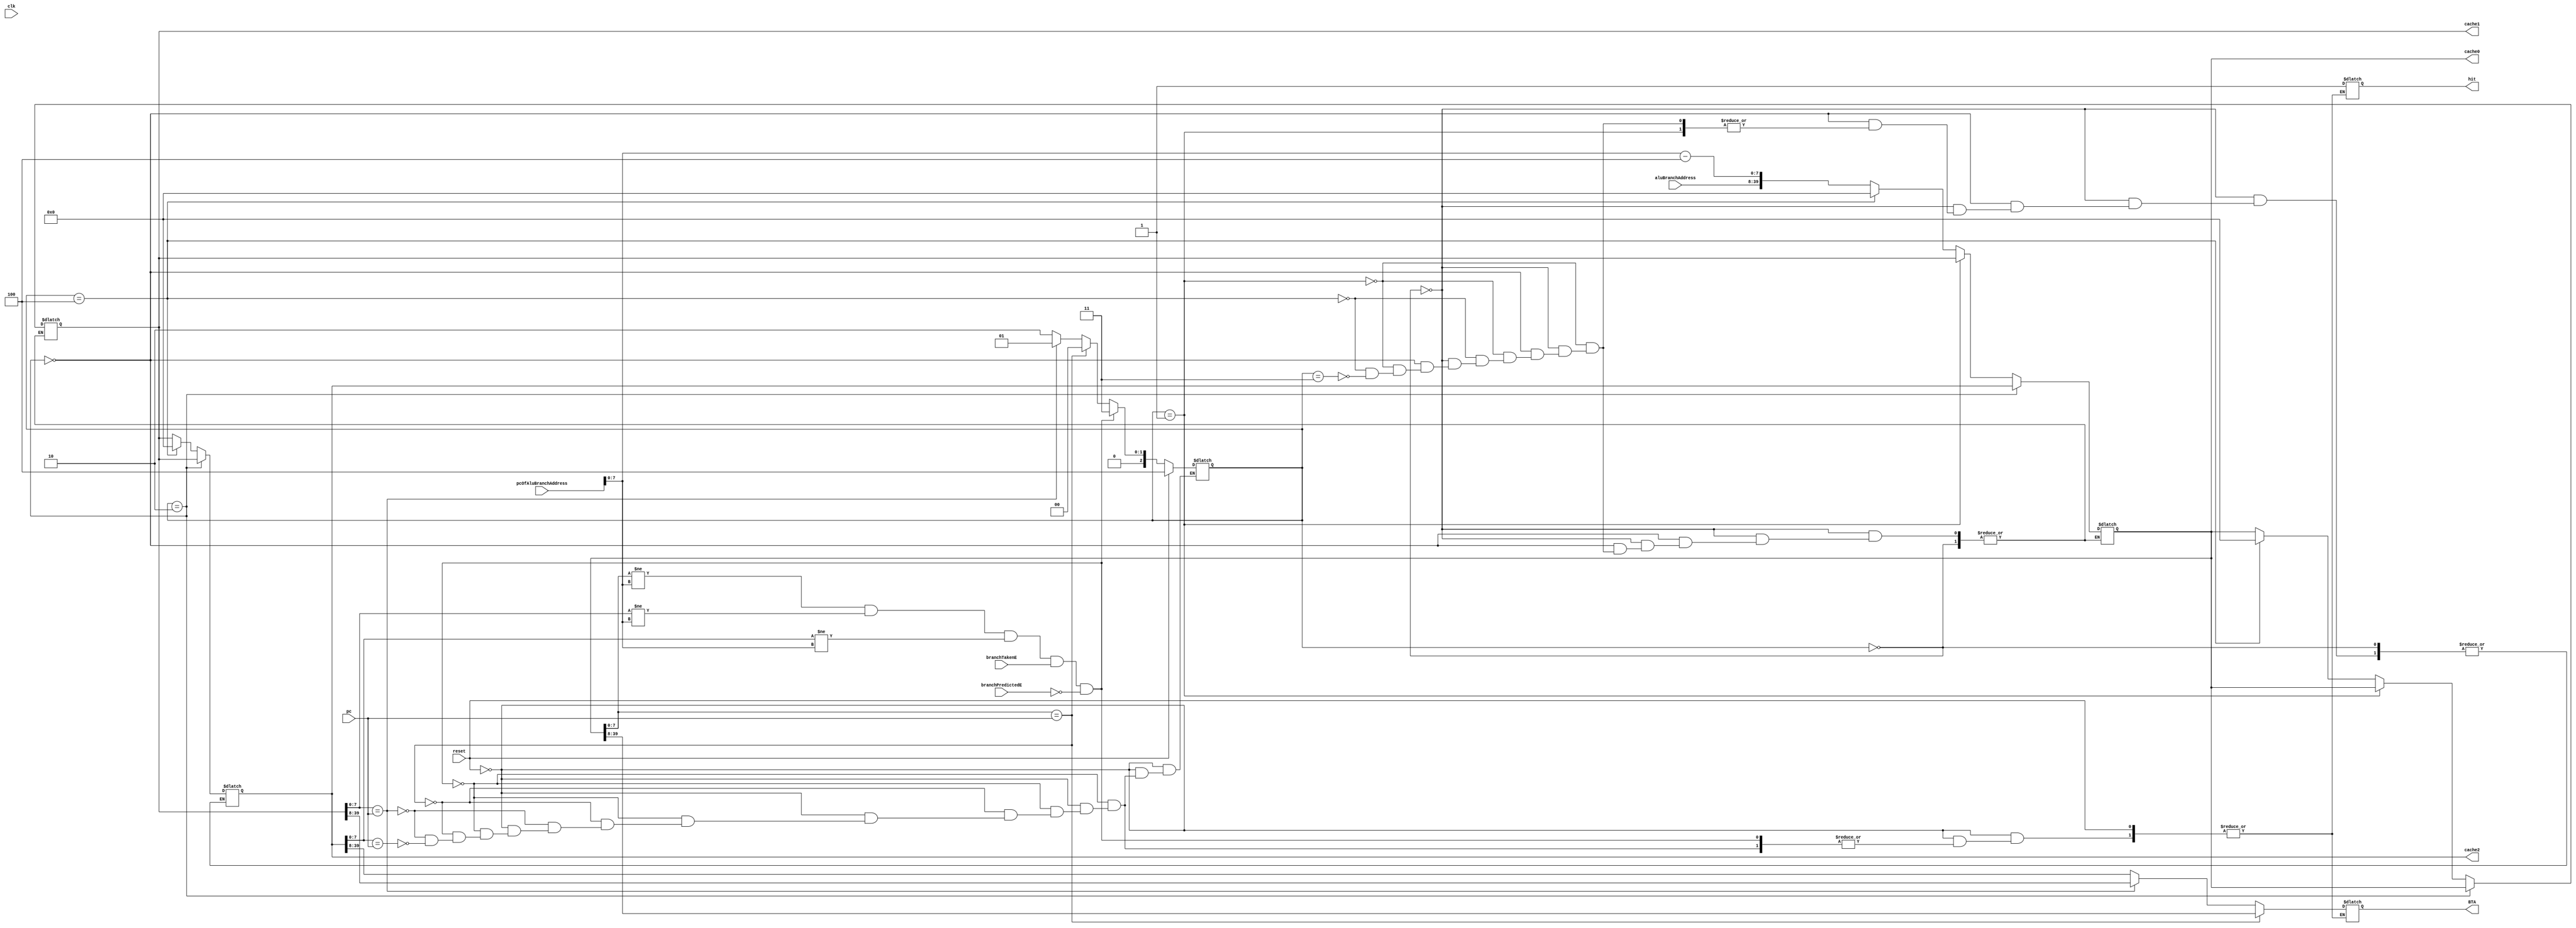
module BTB #(parameter W_PC = 8, W_BTA = 32) 
	(
		input clk,
		input reset,
		input [W_PC-1:0] pc, // LSB 8 bits
		input [31:0] aluBranchAddress,
		input [31:0] pcOfAluBranchAddress,
		input [0:0] branchTakenE,
		input [0:0] branchPredictedE,
		output reg [W_BTA-1:0] BTA, // MSB 32 bits
		output reg hit,
		output reg [39:0] cache0, cache1, cache2
		// output reg [2:0] lastUsedID
	);
	
	reg [39:0] pcOfAluBranchAddressReg; // First 8 bits are PC, Remaining 32 bits are BTA
	reg [2:0] lastUsedID;
	reg [39:0] temp0, temp1;

	initial 
		begin
			lastUsedID = 0;	
			cache0 = 40'h0000001108;
			cache1 = 40'h0000002212;
			cache2 = 40'h0000003316;
		end
	
	always @(reset or pc or pcOfAluBranchAddress or aluBranchAddress or branchTakenE or branchPredictedE)
		begin
			pcOfAluBranchAddressReg = pcOfAluBranchAddress - 4;
			if (reset == 1)
				begin
					lastUsedID = 4; // Reset signal
				end
			else if ((cache0[7:0] != pcOfAluBranchAddress[7:0]) && (cache1[7:0] != pcOfAluBranchAddress[7:0]) && (cache2[7:0] != pcOfAluBranchAddress[7:0]) && (branchTakenE == 1) && (branchPredictedE == 0))
				begin
					lastUsedID = 3; // It could not find it in the BTB
				end
			else if (cache0[7:0] == pc)
				begin
					hit = 1;
					BTA = cache0[39:8];
					lastUsedID = 0;
				end
			else if (cache1[7:0] == pc)
				begin
					hit = 1;
					BTA = cache1[39:8];
					lastUsedID = 1;
				end
			else if (cache2[7:0] == pc)
				begin
					hit = 1;
					BTA = cache2[39:8];
					lastUsedID = 2;
				end
		end



	always @(lastUsedID)
		begin 
			if (lastUsedID == 0) // Stay same
				begin
					cache0 = cache0;
					cache1 = cache1;
					cache2 = cache2;
				end
			else if (lastUsedID == 2)
				begin
					temp0 = cache0;
					temp1 = cache1;
					cache0 = cache2;
					cache1 = temp0;
					cache2 = temp1;
				end
			else  if (lastUsedID == 1)
				begin
					temp0 = cache0;
					temp1 = cache1;
					cache0 = temp1;
					cache1 = temp0;
 				end
			else  if (lastUsedID == 4)
				begin
					cache0 = 0;
					cache1 = 0;
					cache2 = 0;
 				end
			else if (lastUsedID == 3)
				begin
					temp0 = cache0;
					temp1 = cache1;
					cache0 = {aluBranchAddress,pcOfAluBranchAddressReg[7:0]};
					cache1 = temp0;
					cache2 = temp1;
 				end
		end
endmodule